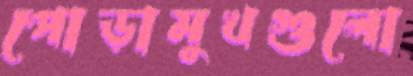
পোড়ামুখগুলো